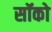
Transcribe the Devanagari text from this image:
सॉको